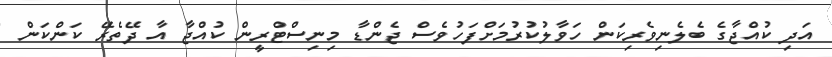
އަދި ކުއްޖާގެ ބެލެނިވެރިކަން ހަވާލުކުުރުމަށްފަހުވެސް ޖެންޑާ މިނިސްޓްރީން ކުއްޖާ އާ ދޭތެރޭ ކަންކަން